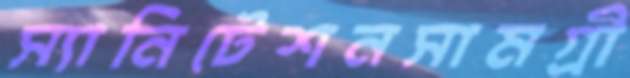
স্যানিটেশনসামগ্রী